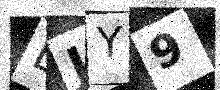
Text: LJY9